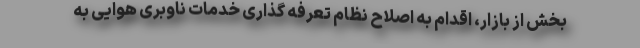
بخش از بازار، اقدام به اصلاح نظام تعرفه گذاری خدمات ناوبری هوایی به